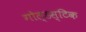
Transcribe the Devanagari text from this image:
गोल्डस्टिक